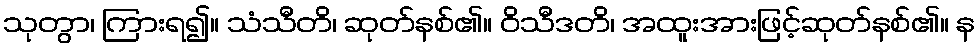
သုတွာ၊ ကြားရ၍။ သံသီတိ၊ ဆုတ်နစ်၏။ ဝိသီဒတိ၊ အထူးအားဖြင့်ဆုတ်နစ်၏။ န